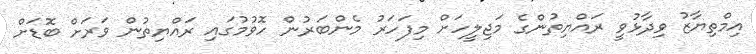
އިމްތިޔާޒު ވިދާޅުވީ ރައްޔިތުންގެ މަޖިލީހަށް މިފަހަރު މެންބަރުން ހޮވުމުގައި ރައްޔިތުން ވަރަށް ބޮޑަށް